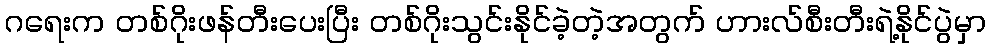
ဂရေးက တစ်ဂိုးဖန်တီးပေးပြီး တစ်ဂိုးသွင်းနိုင်ခဲ့တဲ့အတွက် ဟားလ်စီးတီးရဲ့နိုင်ပွဲမှာ